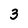
Character: 3